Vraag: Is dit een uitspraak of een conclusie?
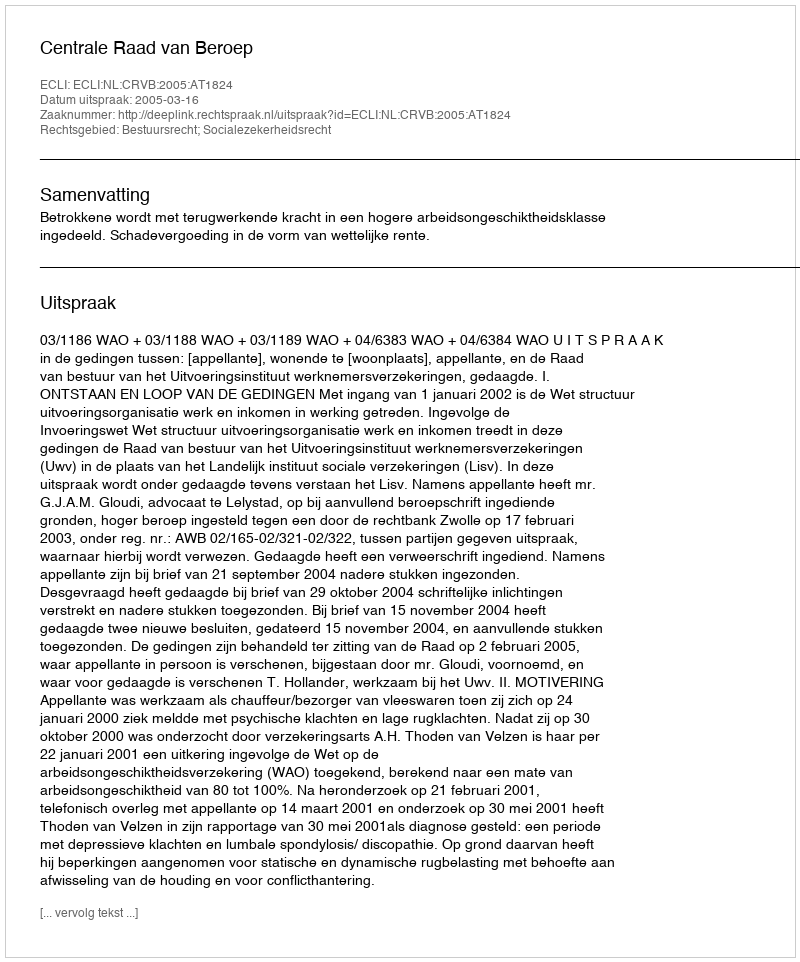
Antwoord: Uitspraak